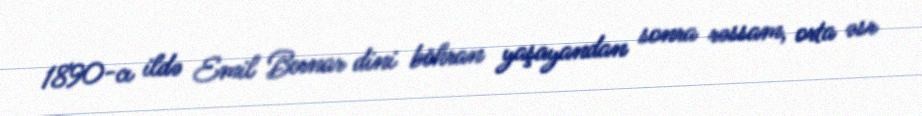
1890-cı ildə Emil Bernar dini böhran yaşayandan sonra rəssam, orta əsr